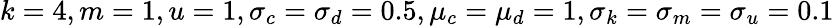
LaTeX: k=4,m=1,u=1,\sigma_{c}=\sigma_{d}=0.5,\mu_{c}=\mu_{d}=1,\sigma_{k}=\sigma_{m}=\sigma_{u}=0.1